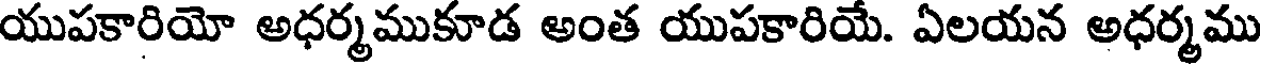
యుపకారియో అధర్మముకూడ అంత యుపకారియే. ఏలయన అధర్మము